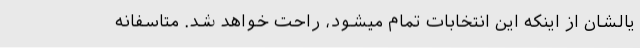
یالشان از اینکه این انتخابات تمام میشود، راحت خواهد شد. متاسفانه